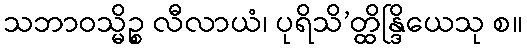
သဘာဝသ္မိဉ္စ လီလာယံ၊ ပုရိသိ’တ္ထိန္ဒြိယေသု စ။